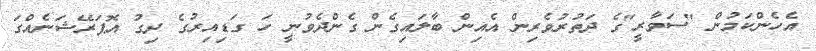
އެހެންކަމުން "ސަވާރީ"ގެ ދަތުރުވެރިން އެއިން ބާލައިގެން ގެންދެވުނީ ހަ ގަޑިިއިރުގެ ދިގު އޮޕަރޭޝަނެއްގަ